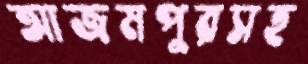
আজমপুরসহ